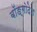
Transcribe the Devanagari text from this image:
बॉङ्गोदेश